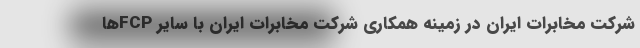
شرکت مخابرات ایران در زمینه همکاری شرکت مخابرات ایران با سایر FCPها